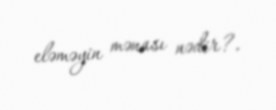
eləməyin mənası nədir?.